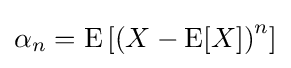
\alpha _{n}=\operatorname {E} \left[{\left(X-\operatorname {E} [X]\right)}^{n}\right]